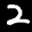
Label: 2